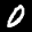
Label: 0